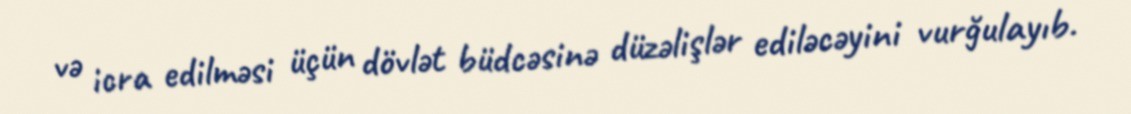
və icra edilməsi üçün dövlət büdcəsinə düzəlişlər ediləcəyini vurğulayıb.